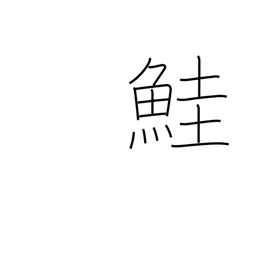
Meaning: salmon